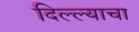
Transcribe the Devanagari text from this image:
दिल्ल्याचा